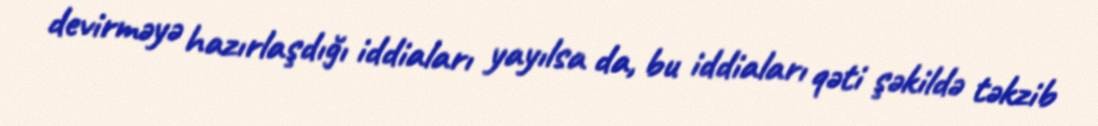
devirməyə hazırlaşdığı iddiaları yayılsa da, bu iddiaları qəti şəkildə təkzib